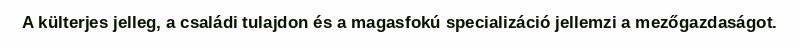
A külterjes jelleg, a családi tulajdon és a magasfokú specializáció jellemzi a mezőgazdaságot.